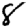
Digit: 8